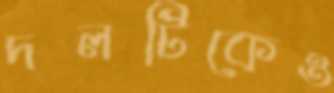
দলটিকেও